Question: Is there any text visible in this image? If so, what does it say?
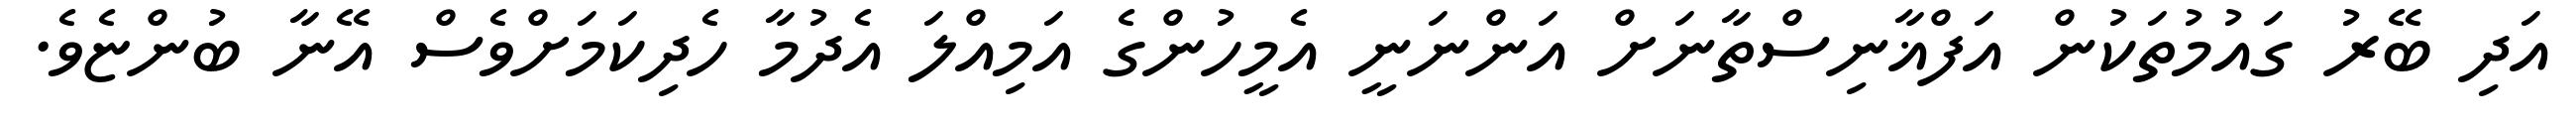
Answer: އަދި ބޭރު ގައުމުތަކުން އަފްޣާނިސްތާނަށް އަންނަނީ އެމީހުންގެ އަމިއްލަ އެދުމާ ހެދިކަމަށްވެސް އޭނާ ބުންޏެވެ.